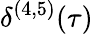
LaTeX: \delta^{(4,5)}(\tau)